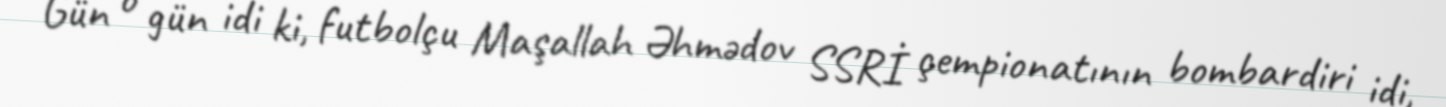
Gün o gün idi ki, futbolçu Maşallah Əhmədov SSRİ çempionatının bombardiri idi,